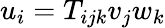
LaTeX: u_{i}=T_{ijk}v_{j}w_{k}